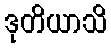
ဒုတိယာသိ